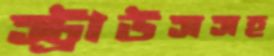
স্ট্রাউসসহ